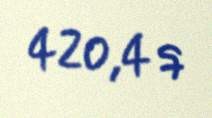
420,4 q